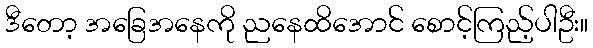
ဒီတော့ အခြေအနေကို ညနေထိအောင် စောင့်ကြည့်ပါဦး။